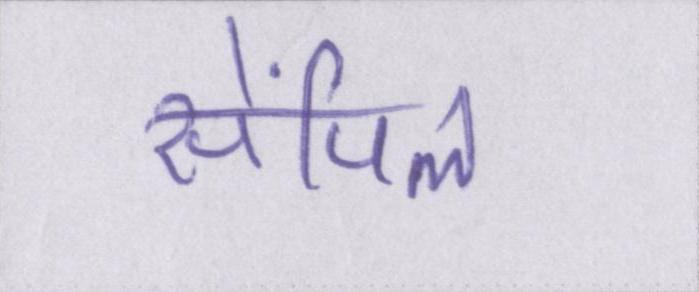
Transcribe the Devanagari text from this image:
सेंपिल